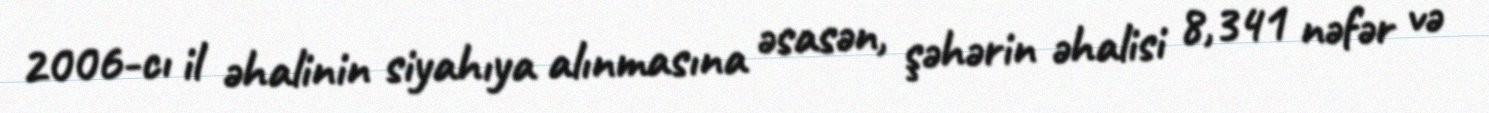
2006-cı il əhalinin siyahıya alınmasına əsasən, şəhərin əhalisi 8,341 nəfər və